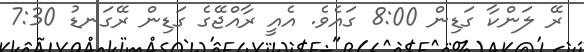
ރޭ ލަންކާ ގަޑިން 8:00 ގައެވެ. އެއީ ރާއްޖޭގެ ގަޑިން ރޭގަނޑު 7:30